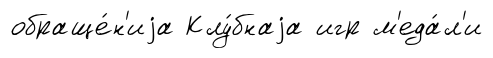
обраще́н'иjа Клу́бнаjа игр м'еда́л'и